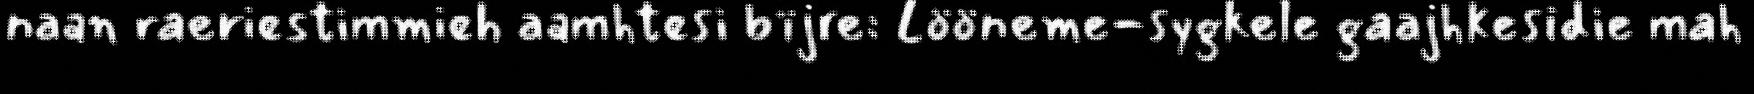
naan raeriestimmieh aamhtesi bïjre: Lööneme-sygkele gaajhkesidie mah